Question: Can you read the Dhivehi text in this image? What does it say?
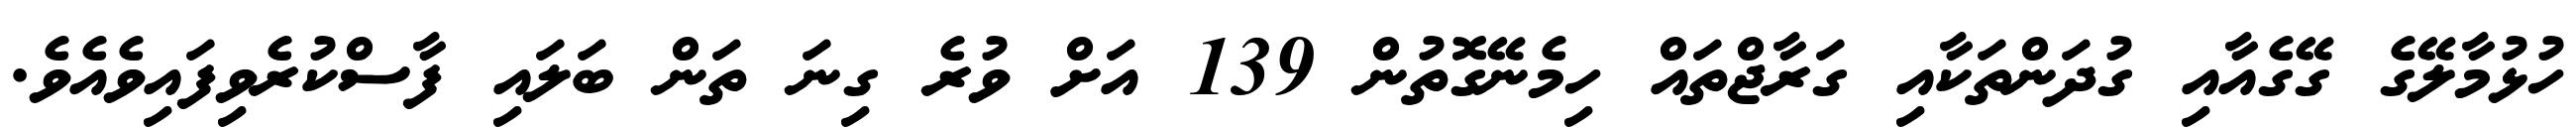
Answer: ހުޅުމާލޭގެ ގޭގެއާއި ގުދަންތަކާއި ގަރާޖްތައް ހިމެނޭގޮތުން 139 އަށް ވުރެ ގިނަ ތަން ބަލައި ފާސްކުރެވިފައިވެއެވެ.